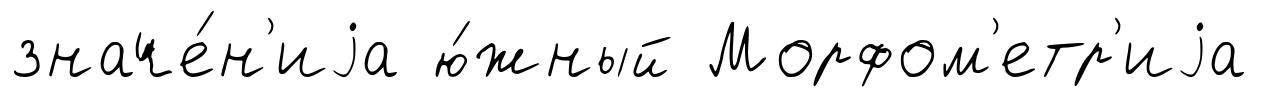
значе́н'иjа ю́жный Морфом'етр'иjа